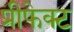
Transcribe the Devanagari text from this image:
प्रीफेक्ट